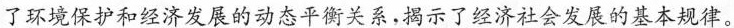
了环境保护和经济发展的动态平衡关系，揭示了经济社会发展的基本规律。